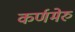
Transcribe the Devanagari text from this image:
कर्णमेरु